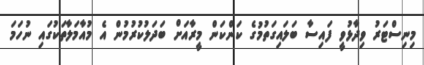
މިނިސްޓަރު ވިދާޅުވީ ފައިސާ ބަލައިގަތުމުގެ ކަންކަން މީރާއަށް ބަދަލުކުރުމުން އެ މުއާމަލާތަކުގައި ނުހަމަ